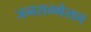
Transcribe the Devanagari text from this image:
जनसम्मेलन